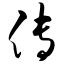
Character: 传